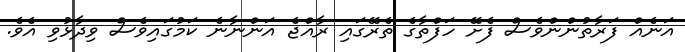
އަނެއް ފަރާތުންންވެސް ފެށޭ ހަފްތާގެ ތެރޭގައި ރާއްޖެ އަންނާނެ ކަމުގައިވެސް ވިދާޅުވި އެވެ.